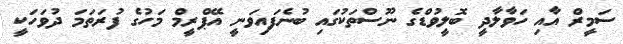
ސަމީރް އާއި ހަވާލާދީ ބޮލީވުޑްގެ ނޫސްތަކުގައި ބުނެފައިވަނީ އޭޕްރީމް މަހުގެ ފުރަތަމަ ދުވަހަކީ